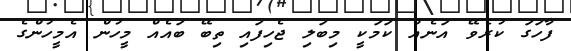
ފާހަގަ ކުރެވޭ އަނެއް ކަމަކީ މިބަލި ޖެހިފައި ތިބޭ ބައެއް މީހުން އެމީހުންގެ